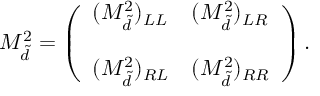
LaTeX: M _ { \tilde { d } } ^ { 2 } = \left( \begin{array} { l l } { { ( M _ { \tilde { d } } ^ { 2 } ) _ { L L } } } & { { ( M _ { \tilde { d } } ^ { 2 } ) _ { L R } } } \\ { { } } & { { } } \\ { { ( M _ { \tilde { d } } ^ { 2 } ) _ { R L } } } & { { ( M _ { \tilde { d } } ^ { 2 } ) _ { R R } } } \end{array} \right) . \nonumber